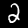
Label: 2